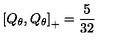
\left[ Q _ { \theta } , Q _ { \theta } \right] _ { + } = \frac { 5 } { 3 2 }